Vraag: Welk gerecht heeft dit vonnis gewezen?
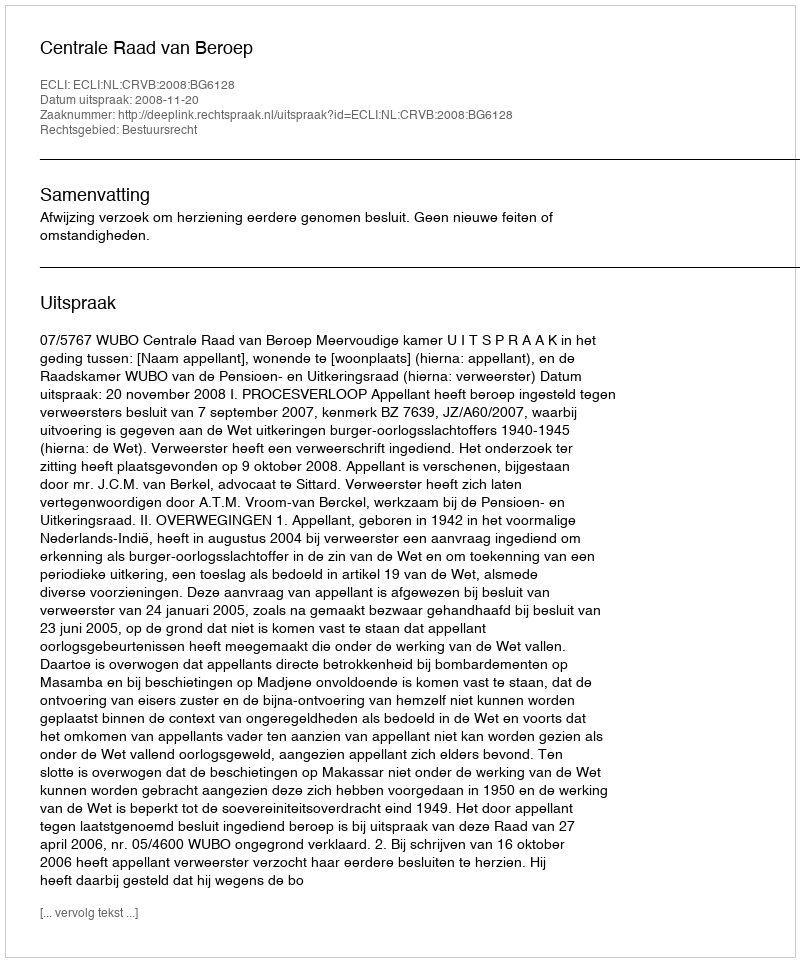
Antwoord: Centrale Raad van Beroep